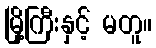
မြို့ကြီးနှင့် မတူ။